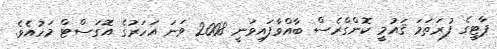
ޕާޓީގެ ފުރަތަމަ ޤައުމީ ކޮންގްރެސް ބާއްވާފައިވަނީ 2008 ވަނަ އަހަރުގެ އޮގަސްޓް މަހުއެވެ.